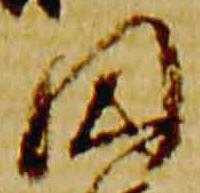
円